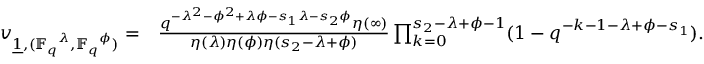
\begin{array} { r l } { v _ { \underline { { 1 } } , ( { \ensuremath { { \mathbb { F } } } _ { q } } ^ { \lambda } , { \ensuremath { { \mathbb { F } } } _ { q } } ^ { \phi } ) } = } & { \frac { q ^ { - \lambda ^ { 2 } - \phi ^ { 2 } + \lambda \phi - s _ { 1 } \lambda - s _ { 2 } \phi } \eta ( \infty ) } { \eta ( \lambda ) \eta ( \phi ) \eta ( s _ { 2 } - \lambda + \phi ) } \prod _ { k = 0 } ^ { s _ { 2 } - \lambda + \phi - 1 } ( 1 - q ^ { - k - 1 - \lambda + \phi - s _ { 1 } } ) . } \end{array}